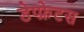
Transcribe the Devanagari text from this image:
डेप्फ्रेटस